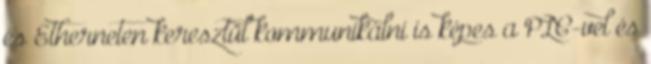
és Etherneten keresztül kommunikálni is képes a PLC-vel és